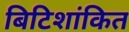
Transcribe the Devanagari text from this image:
बिटिशांकित